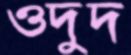
ওদুদ